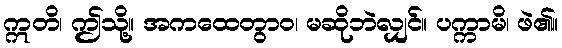
ဣတိ၊ ဤသို့။ အကထေတွာဝ၊ မဆိုဘဲလျှင်။ ပက္ကာမိ၊ ဖဲ၏။